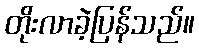
တိုးလာခဲ့ပြန်သည်။